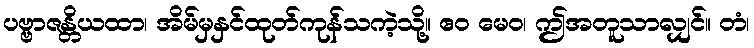
ပဗ္ဗာဇန္တိယထာ၊ အိမ်မှနှင်ထုတ်ကုန်သကဲ့သို့။ ဧဝ မေဝ၊ ဤအတူသာလျှင်။ တံ၊